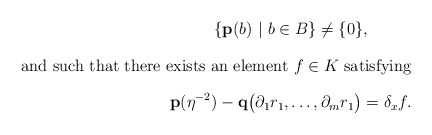
\begin{gather*} \{\mathbf{p}(b) \ | \ b\in B\}\neq \{0\}, \intertext{and such that there exists an element $f\in K$ satisfying} \mathbf{p}(\eta^{-2})-\mathbf{q}\bigl(\partial_1r_1,\dots,\partial_mr_1\bigr)=\delta_xf.\end{gather*}